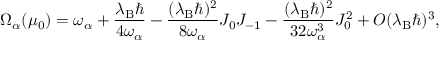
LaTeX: \Omega _ { \alpha } ( \mu _ { 0 } ) = { \omega } _ { \alpha } + \frac { \lambda _ { \mathrm { B } } \hbar } { 4 { \omega } _ { \alpha } } - \frac { ( \lambda _ { \mathrm { B } } \hbar ) ^ { 2 } } { 8 { \omega } _ { \alpha } } J _ { 0 } J _ { - 1 } - \frac { ( \lambda _ { \mathrm { B } } \hbar ) ^ { 2 } } { 3 2 { \omega } _ { \alpha } ^ { 3 } } J _ { 0 } ^ { 2 } + { \cal O } ( \lambda _ { \mathrm { B } } \hbar ) ^ { 3 } ,